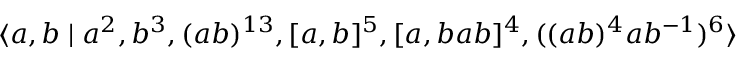
\langle a , b \mid a ^ { 2 } , b ^ { 3 } , ( a b ) ^ { 1 3 } , [ a , b ] ^ { 5 } , [ a , b a b ] ^ { 4 } , ( ( a b ) ^ { 4 } a b ^ { - 1 } ) ^ { 6 } \rangle